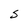
Character: S